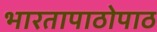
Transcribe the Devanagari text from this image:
भारतापाठोपाठ